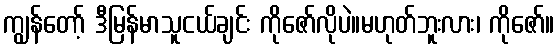
ကျွန်တော့် ဒီမြန်မာသူငယ်ချင်း ကိုဇော်လိုပဲ။မဟုတ်ဘူးလား၊ ကိုဇော်။